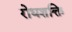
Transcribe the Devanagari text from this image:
रोधशक्ति